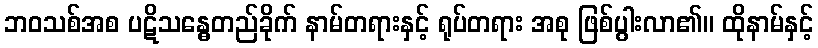
ဘဝသစ်အစ ပဋိသန္ဓေတည်ခိုက် နာမ်တရားနှင့် ရုပ်တရား အစု ဖြစ်ပွါးလာ၏။ ထိုနာမ်နှင့်